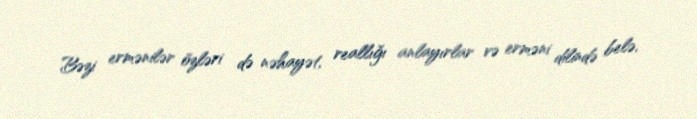
Bəzi ermənilər özləri də nəhayət, reallığı anlayırlar və erməni dilində belə,